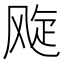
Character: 𬱽